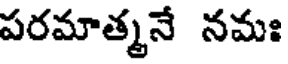
పరమాత్మనే నమః